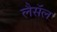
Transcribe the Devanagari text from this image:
लैसॅल